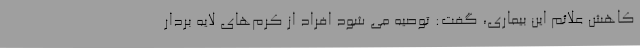
کاهش علائم این بیماری، گفت: توصیه می شود افراد از کرم‌های لایه بردار